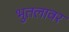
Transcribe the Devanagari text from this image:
भुतलावर